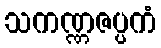
သကဏ္ဏဇပ္ပကံ